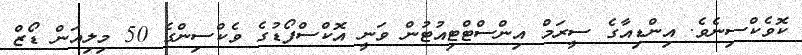
ކޮވެކްސިނެވެ. އިންޑިއާގެ ސީރަމް އިންސްޓްޓިއުޓުން ވަނީ އޮކްސްފޯޑުގެ ވެކްސިންގެ 50 މިލިއަން ޑޯޒް